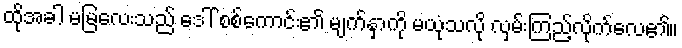
ထိုအခါ မမြလေးသည် ဒေါ် စစ်ကောင်း၏ မျက်နှာကို မယုံသလို လှမ်းကြည့်လိုက်လေ၏။